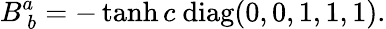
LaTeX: B_{~b}^{a}=-\operatorname{tanh}c\ \mathrm{diag}(0,0,1,1,1).